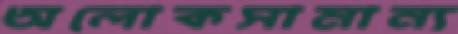
অলোকসামান্য